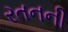
રતનની